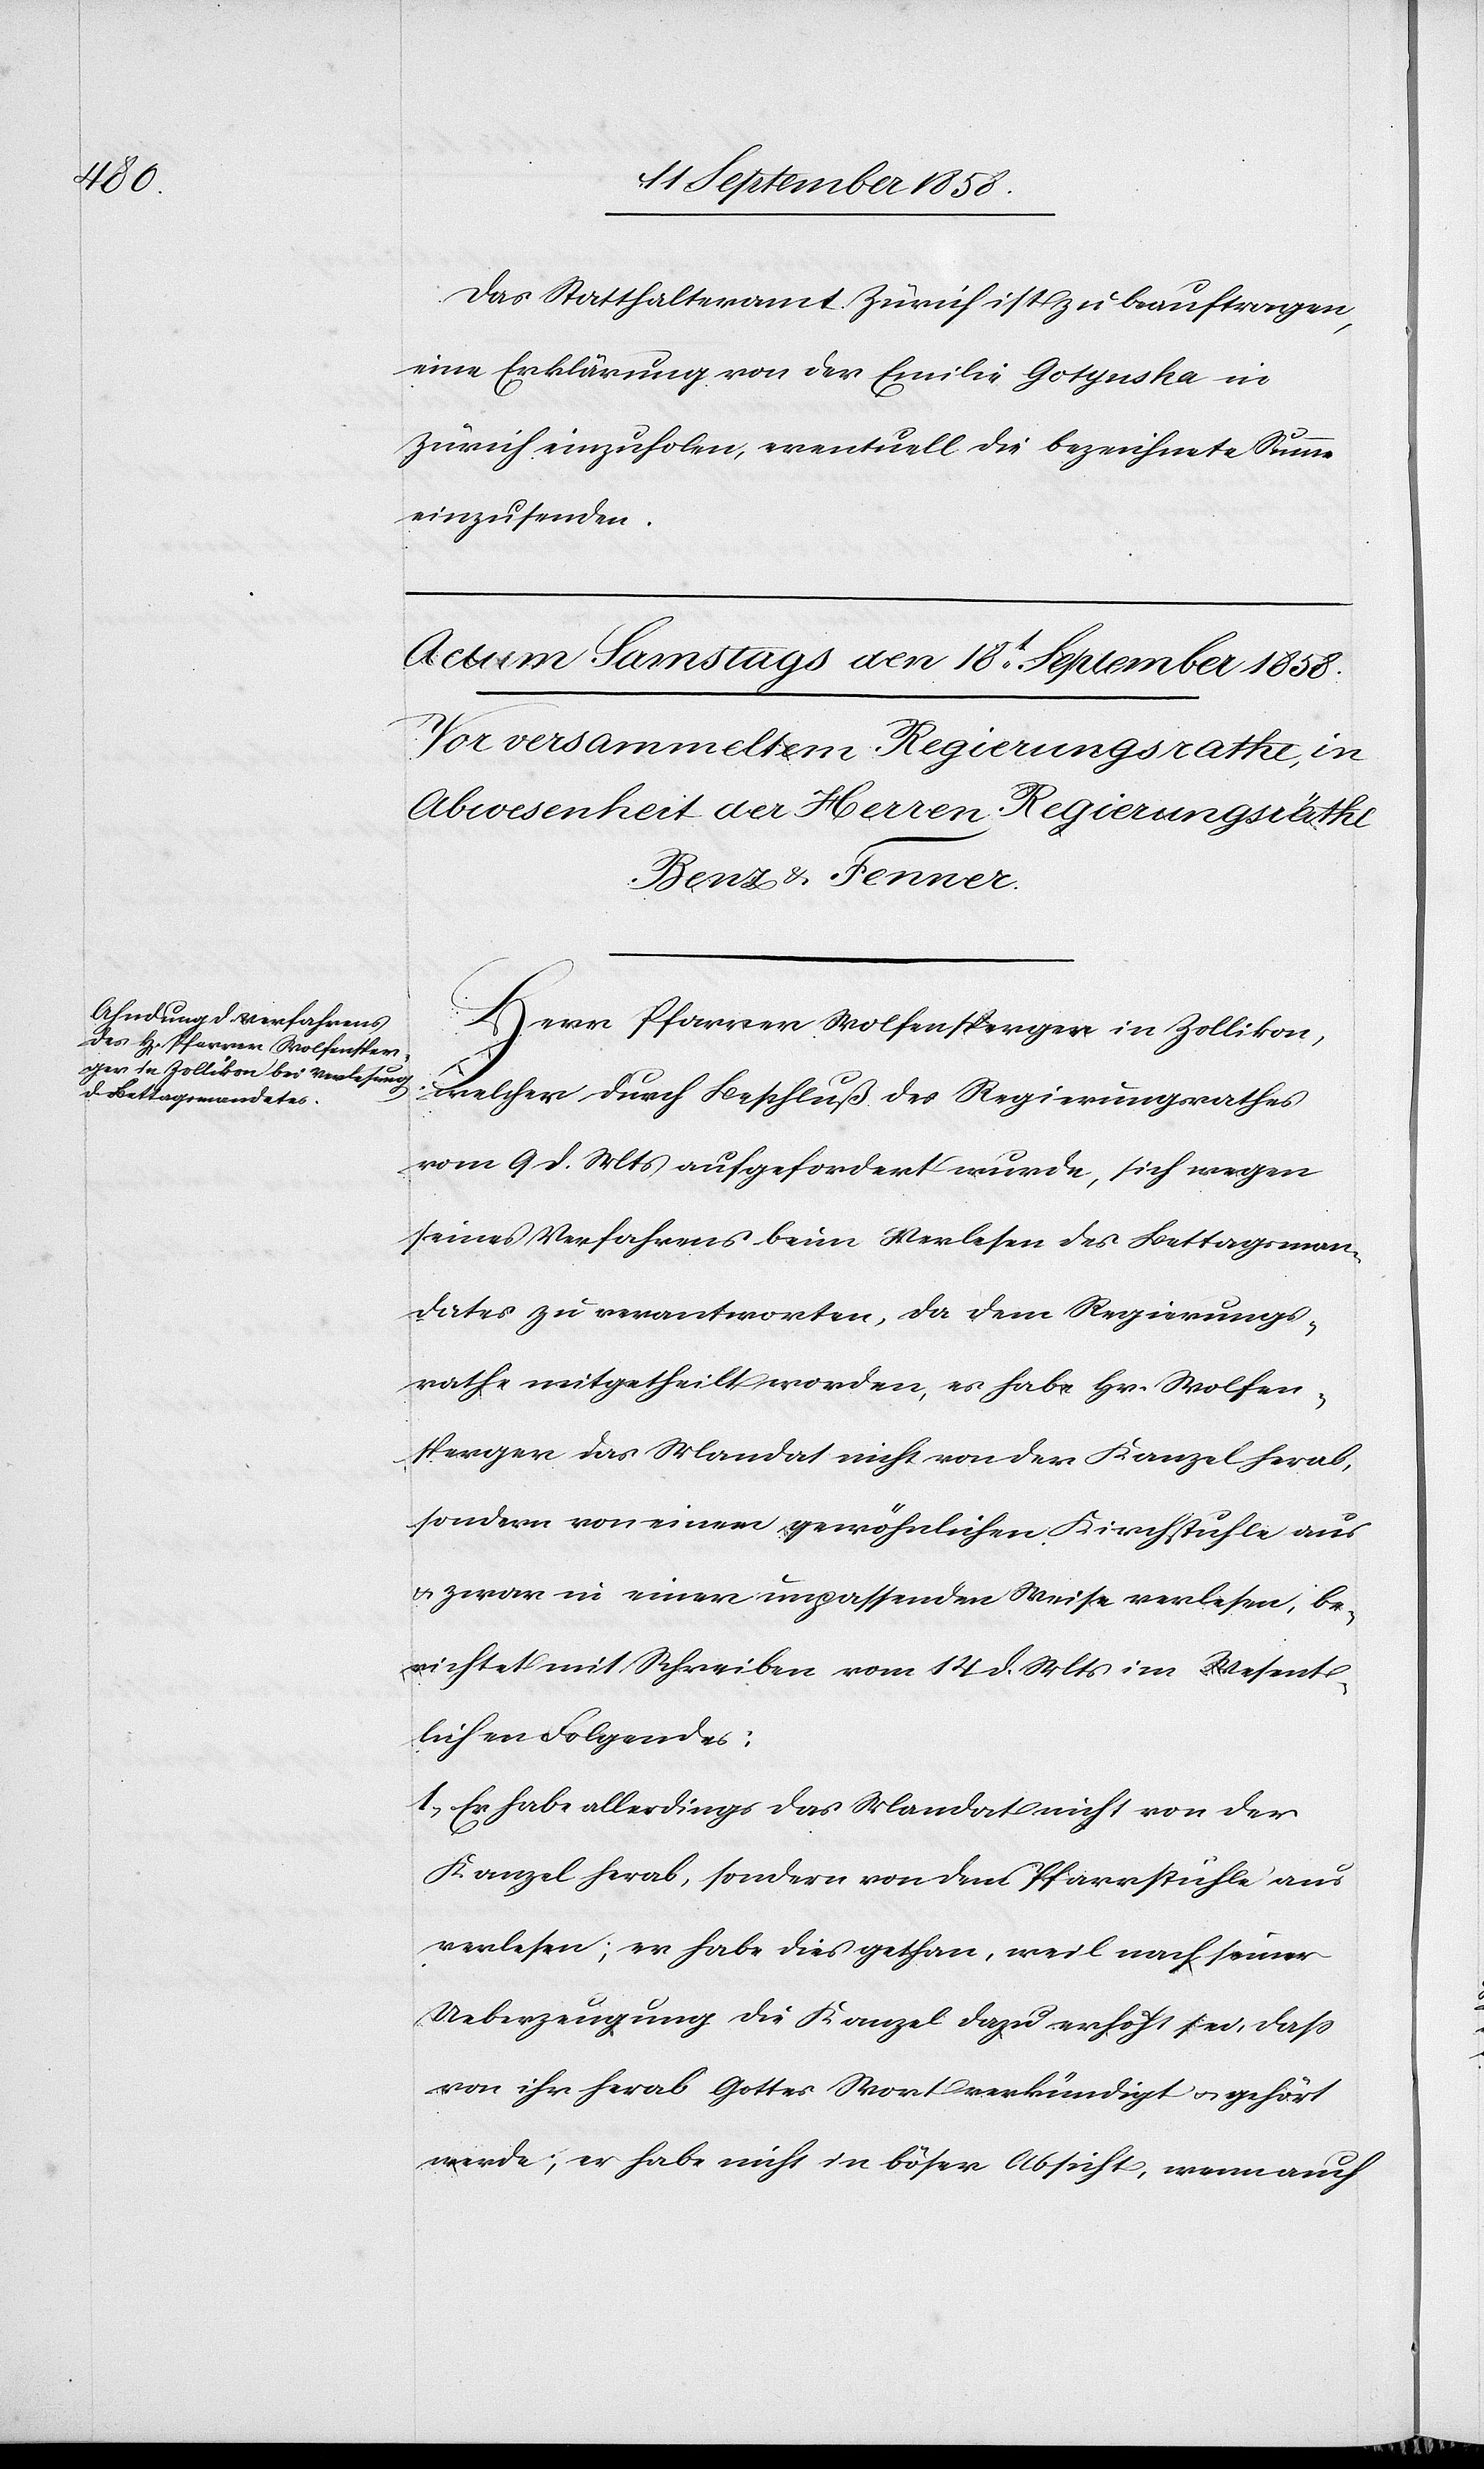
Das Statthalteramt Zürich ist zu beauftragen,
eine Erklärung von der Emilie Gotynska in
Zürich einzuholen, eventuell die bezeichnete Summe
einzusenden.
Herr Pfarrer Wolfensperger in Zollikon,
welcher durch Beschluß des Regierungsrathes
vom 9 d. Mts aufgefordert wurde, sich wegen
seines Verfahrens beim Verlesen des Bettagsman¬
dates zu verantworten, da dem Regierungs¬
rathe mitgetheilt worden, es habe Hr. Wolfen¬
sperger das Mandat nicht von der Kanzel herab,
sondern von einem gewöhnlichen Kirchenstuhle aus
& zwar in einer unpassenden Weise verlesen, be¬
richtet mit Schreiben vom 14 d. Mts im Wesent¬
lichen Folgendes:
1. Er habe allerdings das Mandat nicht von der
Kanzel herab, sondern von dem Pfarrstuhle aus
verlesen; er habe dies gethan, weil nach seiner
Ueberzeugung die Kanzel dazu erhöht sei, dass
von ihr herab Gottes Wort verkündigt & gehört
werde; er habe nicht in böser Absicht, wenn auch